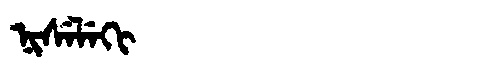
Manchu: ᠨᡳᠰᡝᠯᡝᡴᡳ
Romanization: NISELEKI